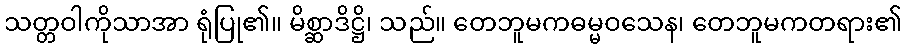
သတ္တဝါကိုသာအာ ရုံပြု၏။ မိစ္ဆာဒိဋ္ဌိ၊ သည်။ တေဘူမကဓမ္မဝသေန၊ တေဘူမကတရား၏